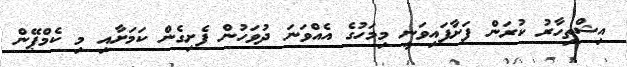
އިޝްތިހާރު ކުރަން ފަށާފައިވަނީ މިމަހުގެ އެއްވަނަ ދުވަހުން ފެށިގެން ކަމަށާއި މި ކެމްޕޭން